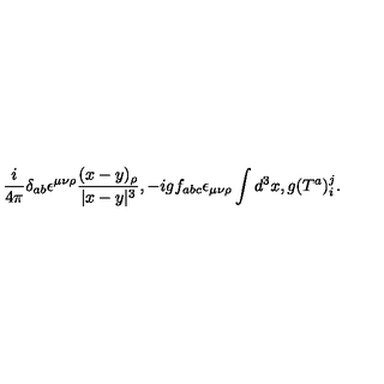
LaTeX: { \frac { i } { 4 \pi } } \delta _ { a b } \epsilon ^ { \mu \nu \rho } { \frac { ( x - y ) _ { \rho } } { | x - y | ^ { 3 } } } , - i g f _ { a b c } \epsilon _ { \mu \nu \rho } \int d ^ { 3 } x , g ( T ^ { a } ) _ { i } ^ { j } .